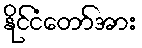
နိုင်ငံတော်အား